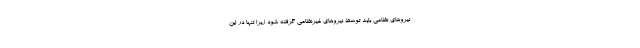
نیروهای نظامی باید توسط نیروهای غیرنظامی گرفته شود زیرا تنها در این